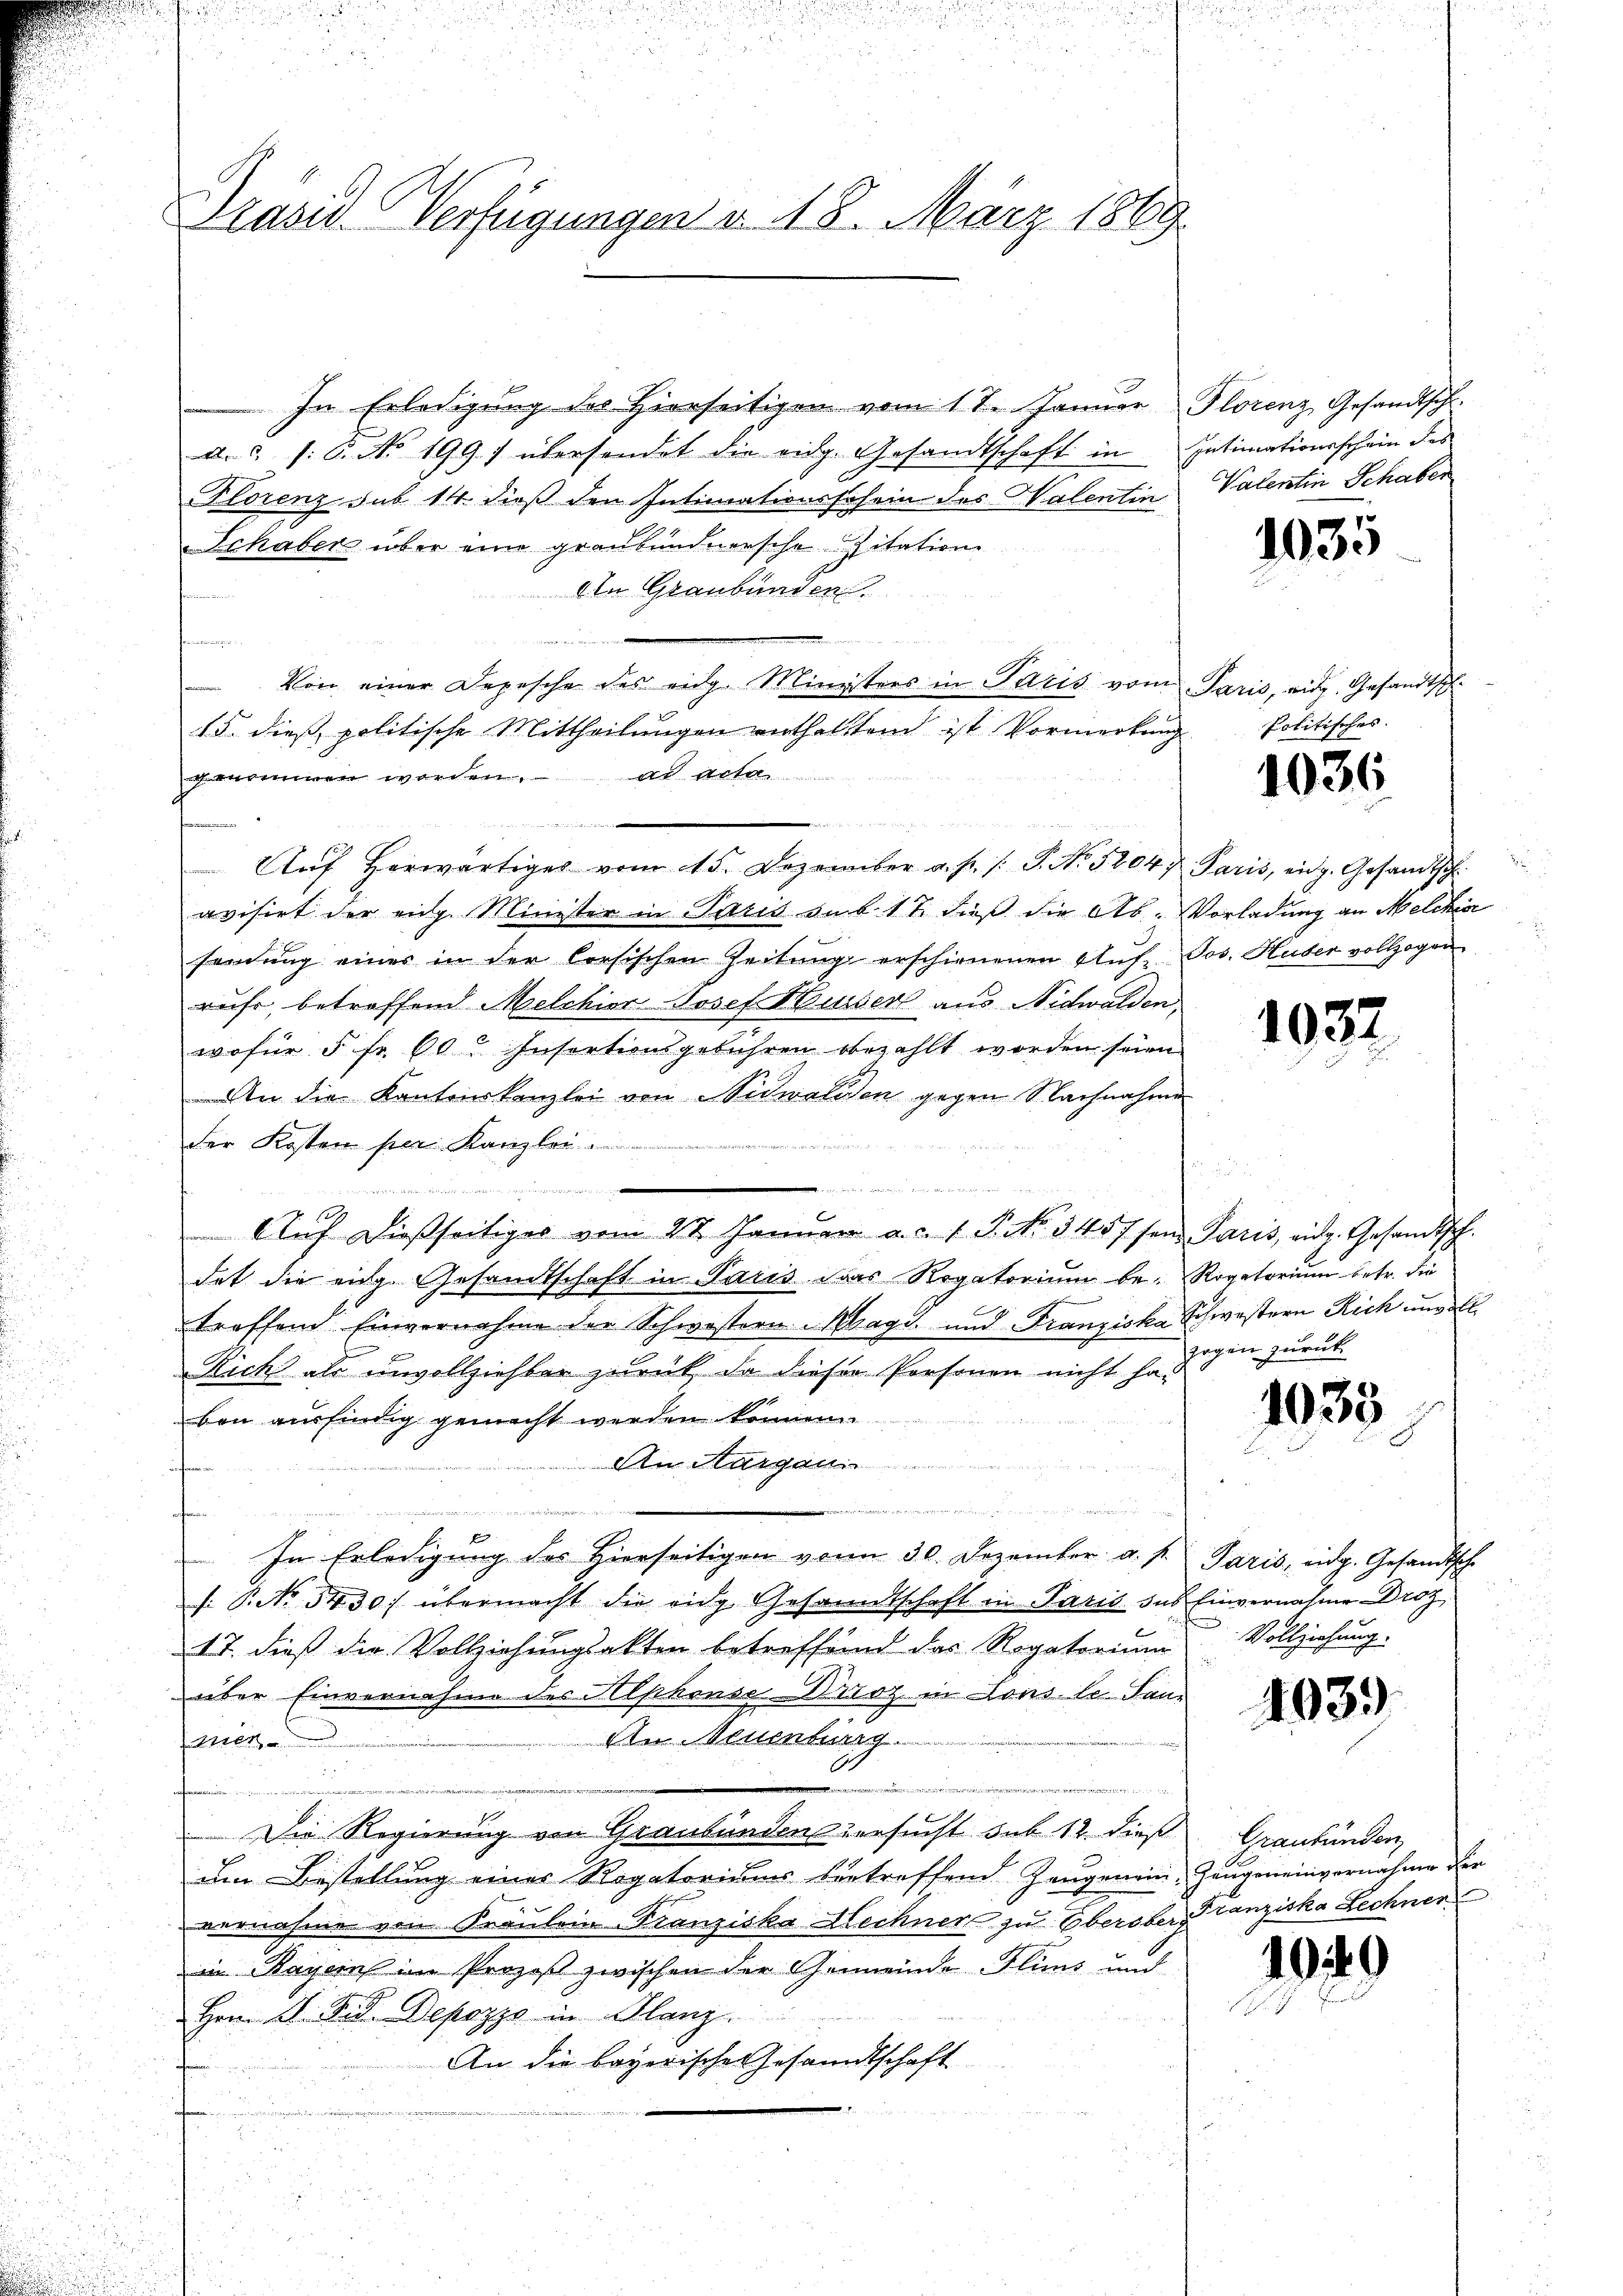
Präsid. Verfügungen d. 18. März 1869

In Erledigung des Hierseitigen vom 11. Januar Florenz Gesandtsch.
d. 3 /: 6. No 1991 übersendet die eidg. Gesandtschaft in Intimationsschein des
Florenz sub 14. dieß den Intimationsschein des Malentin Valentin Schaber
Schaber über eine graubündnersche Zitation
Aen Graubünden.
t
Von einer Depesche des eidg. Ministers in Paris vom Paris, eidg. Gesandtsch¬
15. dieß politische Mittheilungen enthaltend ist Vormerkung
genommen worden. ad acta
.
Aŭf herwärtiges vom 15. Dezember a. p. /: P. No. 58047 Paris, eidg. Gesandtsch
avisirt der eidg. Minister in Paris sub. 17. dieß die Ab-Vorladung an Melcher
sendung einer in der Corsischen Zeitŭng erschienenen Aŭf Jos. Huber vollzogen
ruhr, betreffend Melchior Josef Musser aus Nidwalden,
wofür 5 Fr. 60. Insertionsgebühren bezahlt worden seien
An die Kantonskanzlei von Nidwalden gegen Nachnahme
der Kosten per Kanzler ......................
, sie gewesen wir aber den einen
e
Aŭf dießseitiges vom 27. Januar a. c. 1 P. No. 3457 sen Paris, eidg. Gesandtisch-
dat die eige Gesandtschaft in Paris das Rogatorium be- Rogatorium betr. die
treffend Einvernahme der Schwestern Magd und Franziska Schwestern Rich unvoll
Rich als unvollziehter zurück, da dieser Personen nicht hat
ben ausfindig gemacht werden können.
An Aargaui
u
In Erledigung des Hierseitigen von 30. Dezember a. p. Paris, eidg. Gesandtsche
s: P. No 3430. übermacht die eidg Gesandtschaft in Paris das Einvernahme Droz
17. dieß die Vollziehungsakten betreffend das Rogatorium
über Einvernehme des Alphonserst in Lous le Sane
An Neuenburg
Ber
2
e
ia der tr
Die Regierung von Graubündens versucht sub 12. dieß
Im Bestellung einer Rogatoriums vertreffend Zeugenein Zeugeneinvernahme der
vernahme von Fräulein Franziska Hechner zu Oberober Franziska Lechner
in Bayern im Prozeß zwischen der Gemeinde Flins und
Hrn. G. B. d. Depozzo in Glanz.
An die bayerische Gesandtschaft
ofen.

e

1035

Politisches.

1036.

1032

zogen zurück

1035

Vollziehung.

403.

Graubünden

1049